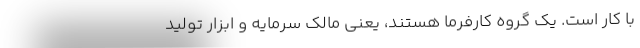
با کار است. یک گروه کارفرما هستند، یعنی مالک سرمایه و ابزار تولید